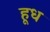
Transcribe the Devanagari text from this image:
हूध